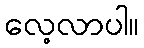
လေ့လာပါ။